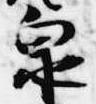
泉